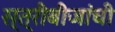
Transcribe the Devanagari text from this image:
स्त्रीबीजांची